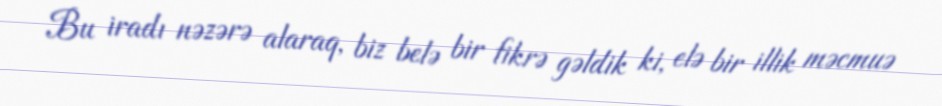
Bu iradı nəzərə alaraq, biz belə bir fikrə gəldik ki, elə bir illik məcmuə